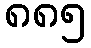
၈၈၅